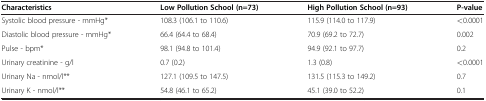
<table><thead><tr><td><b>Characteristics</b></td><td><b>Low Pollution School (n=73)</b></td><td><b>High Pollution School (n=93)</b></td><td><b>P-value</b></td></tr></thead><tbody><tr><td>Systolic blood pressure - mmHg*</td><td>108.3 (106.1 to 110.6)</td><td>115.9 (114.0 to 117.9)</td><td>&lt;0.0001</td></tr><tr><td>Diastolic blood pressure - mmHg*</td><td>66.4 (64.4 to 68.4)</td><td>70.9 (69.2 to 72.7)</td><td>0.002</td></tr><tr><td>Pulse - bpm*</td><td>98.1 (94.8 to 101.4)</td><td>94.9 (92.1 to 97.7)</td><td>0.2</td></tr><tr><td>Urinary creatinine - g/l</td><td>0.7 (0.2)</td><td>1.3 (0.8)</td><td>&lt;0.0001</td></tr><tr><td>Urinary Na - nmol/l**</td><td>127.1 (109.5 to 147.5)</td><td>131.5 (115.3 to 149.2)</td><td>0.7</td></tr><tr><td>Urinary K - nmol/l**</td><td>54.8 (46.1 to 65.2)</td><td>45.1 (39.0 to 52.2)</td><td>0.1</td></tr></tbody></table>